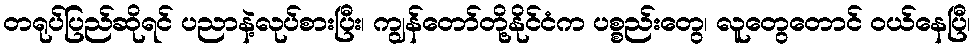
တရုပ်ပြည်ဆိုရင် ပညာနဲ့လုပ်စားပြီး၊ ကျွန်တော်တို့နိုင်ငံက ပစ္စည်းတွေ၊ လူတွေတောင် ဝယ်နေပြီ၊